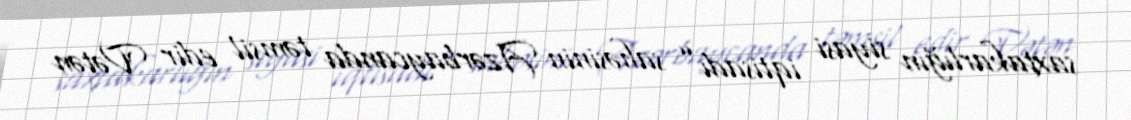
saxtakarlığın siyasi iqtisadı” sahəsinin Azərbaycanda təmsil edir Vətən